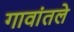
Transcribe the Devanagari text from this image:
गावांतले